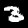
Label: 3